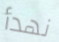
نهدأ